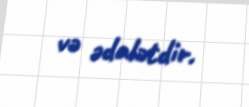
və ədalətdir.